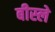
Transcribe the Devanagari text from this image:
बीस्ले